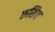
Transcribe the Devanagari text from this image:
रूसिन